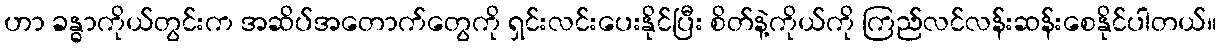
ဟာ ခန္ဓာကိုယ်တွင်းက အဆိပ်အတောက်တွေကို ရှင်းလင်းပေးနိုင်ပြီး စိတ်နဲ့ကိုယ်ကို ကြည်လင်လန်းဆန်းစေနိုင်ပါတယ်။